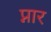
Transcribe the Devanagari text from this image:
प्नार